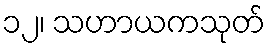
၁၂၊ သဟာယကသုတ်